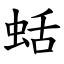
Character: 蛞